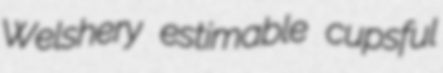
Welshery estimable cupsful